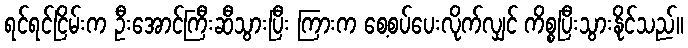
ရင်ရင်ငြိမ်းက ဦးအောင်ကြီးဆီသွားပြီး ကြားက စေ့စပ်ပေးလိုက်လျှင် ကိစ္စပြီးသွားနိုင်သည်။